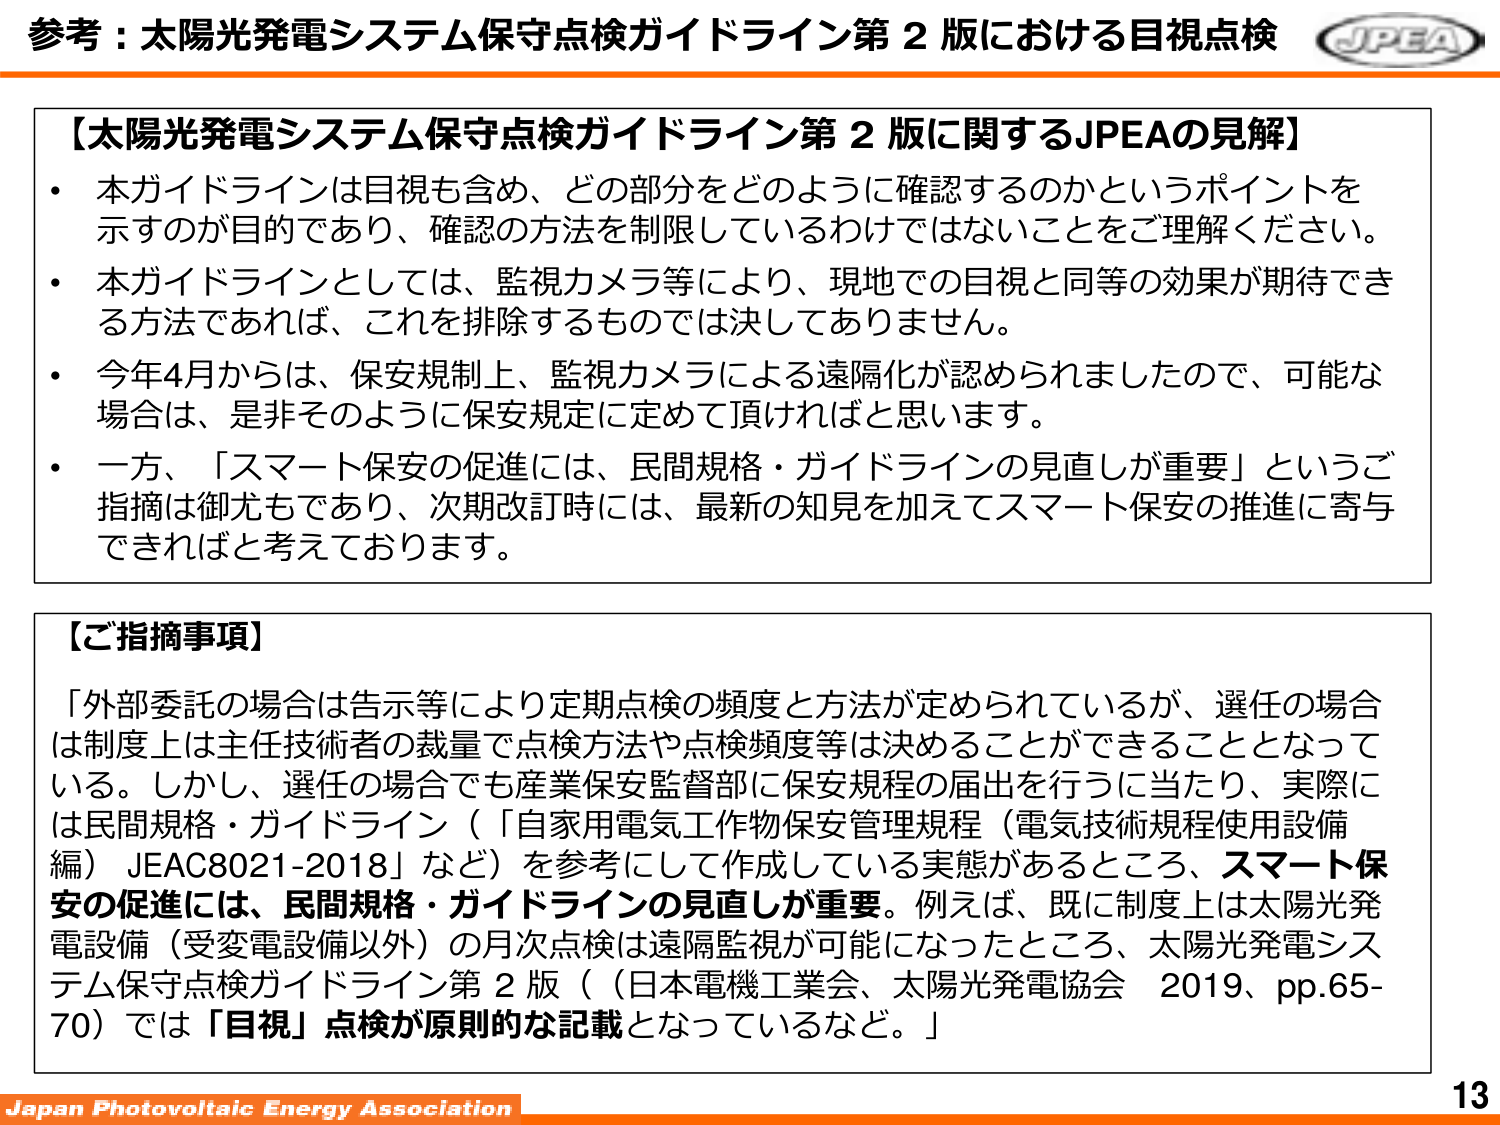
参考：太陽光発電システム保守点検ガイドライン第２版における目視点検

【太陽光発電システム保守点検ガイドライン第２版に関するJPEAの見解】
・本ガイドラインは目視も含め、どの部分をどのように確認するのかというポイントを示すのが目的であり、確認の方法を制限しているわけではないことをご理解ください。
・本ガイドラインとしては、監視カメラ等により、現地での目視と同等の効果が期待できる方法であれば、これを排除するものでは決してありません。
・今年4月からは、保安規制上、監視カメラによる遠隔化が認められたので、可能な場合は、是非そのように保安規定に定めて頂ければと思います。
・一方、「スマート保安の促進には、民間規格・ガイドラインの見直しが重要」というご指摘は御尤もであり、次期改訂時には、最新の知見を加えてスマート保安の推進に寄与できればと考えております。

【ご指摘事項】
「外部委託の場合は告示等により定期点検の頻度と方法が定められているが、選任の場合は制度上は主任技術者の裁量で点検方法や点検頻度等は決めることができるとなっている。しかし、選任の場合でも産業保安監督部に保安規程の届出を行うに当たり、実際には民間規格・ガイドライン（「自家用電気工作物保安管理規程（電気技術規程使用設備編）JEAC8021-2018」など）を参考にして作成している実態があるところ、スマート保安の促進には、民間規格・ガイドラインの見直しが重要。例えば、既に制度上は太陽光発電設備（受変電設備以外）の月次点検は遠隔監視が可能になったところ、太陽光発電システム保守点検ガイドライン第２版（（日本電機工業会、太陽光発電協会 2019、pp.65-70）では「目視」点検が原則的な記載となっているなど。」

Japan Photovoltaic Energy Association
13